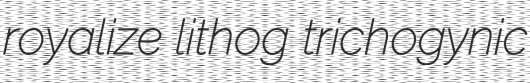
royalize lithog trichogynic